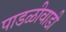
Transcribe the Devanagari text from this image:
पाडळीवाडी